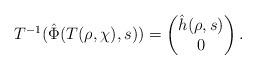
LaTeX: \begin{align*}T^{-1}(\hat \Phi(T(\rho,\chi),s)) = \begin{pmatrix}\hat h(\rho,s)\\ 0\end{pmatrix}.\end{align*}